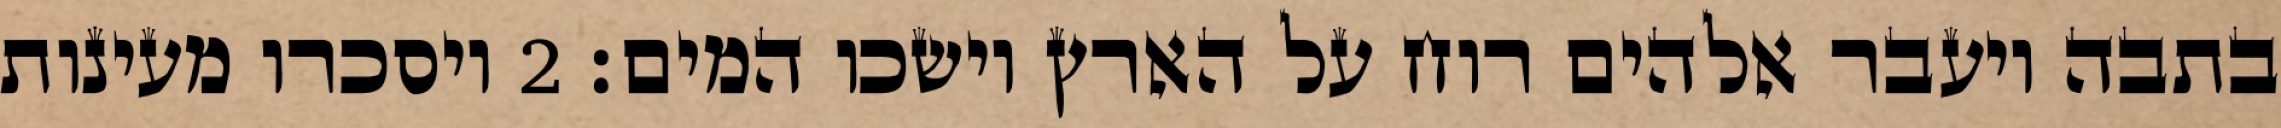
בתבה ויעבר אלהים רוח על הארץ וישכו המים׃ ‎2‏ ויסכרו מעינות